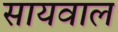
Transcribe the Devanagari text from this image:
सायवाल